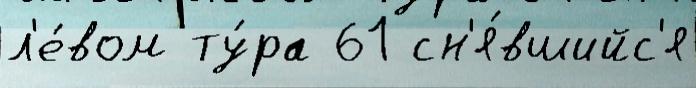
л'е́вом ту́ра 61 сн'я́вшийс'я